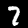
Digit: 7